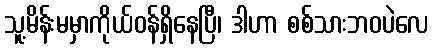
သူ့မိန်းမမှာကိုယ်ဝန်ရှိနေပြီ၊ ဒါဟာ စစ်သားဘဝပဲလေ